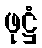
ဖုဋ္ဌံ